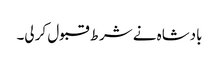
بادشاہ نے شرط قبول کر لی۔